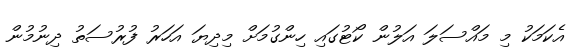
އެކަމަކު މި މައްސަލަ އަލުން ކޯޓުގައި ހިންގުމަށް މިދިޔަ އަހަރު ފުރުސަތު ދިނުމުން